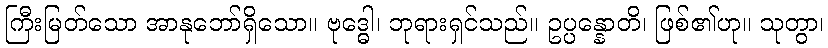
ကြီးမြတ်သော အာနုဘော်ရှိသော။ ဗုဒ္ဓေါ၊ ဘုရားရှင်သည်။ ဥပ္ပန္နောတိ၊ ဖြစ်၏ဟု။ သုတွာ၊